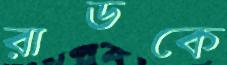
রাডকে